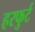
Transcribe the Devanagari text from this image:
हरफुर्ट